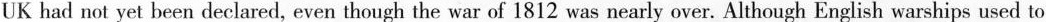
US and the UK had not yet been declared, even though the war of 1812 was nearly over. Although English warships used to